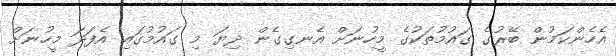
އެހެންކަމުން ބޭރުގެ ގައުމުތަކުގެ މީހުނަށް އެނގިގެން ދިޔަ މި ގައުމުގައި އެފަދަ މީހުނަށް